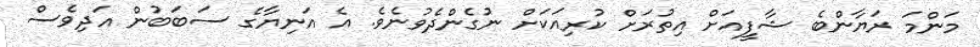
މަންމަ ރަޔާންބެ ޝާފީއަށް އިތުރަށް ކުރިއަކަށް ނުގެންދެވުނެވެ. އެ އަނިޔާގެ ސަބަބުން އަދިވެސް